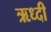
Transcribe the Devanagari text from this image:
ऋध्दी